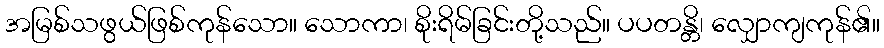
အမြစ်သဖွယ်ဖြစ်ကုန်သော။ သောကာ၊ စိုးရိမ်ခြင်းတို့သည်။ ပပတန္တိ၊ လျှောကျကုန်၏။